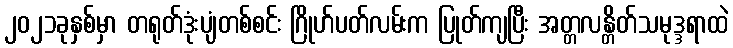
၂၀၂၁ခုနှစ်မှာ တရုတ်ဒုံးပျံတစ်စင်း ဂြိုဟ်ပတ်လမ်းက ပြုတ်ကျပြီး အတ္တလန္တိတ်သမုဒ္ဒရာထဲ